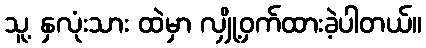
သူ့ နှလုံးသား ထဲမှာ လျှို့ဝှက်ထားခဲ့ပါတယ်။